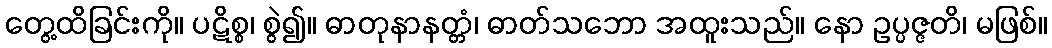
တွေ့ထိခြင်းကို။ ပဋိစ္စ၊ စွဲ၍။ ဓာတုနာနတ္တံ၊ ဓာတ်သဘော အထူးသည်။ နော ဥပ္ပဇ္ဇတိ၊ မဖြစ်။